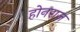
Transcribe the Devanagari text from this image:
होनराज